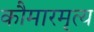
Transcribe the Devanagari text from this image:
कौमारमृत्य